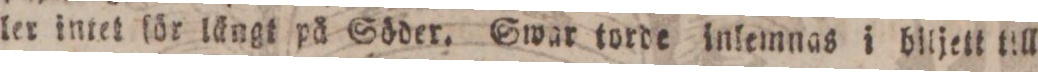
ler intet för längt på Söder. Swar torde inlemnas i biljett till